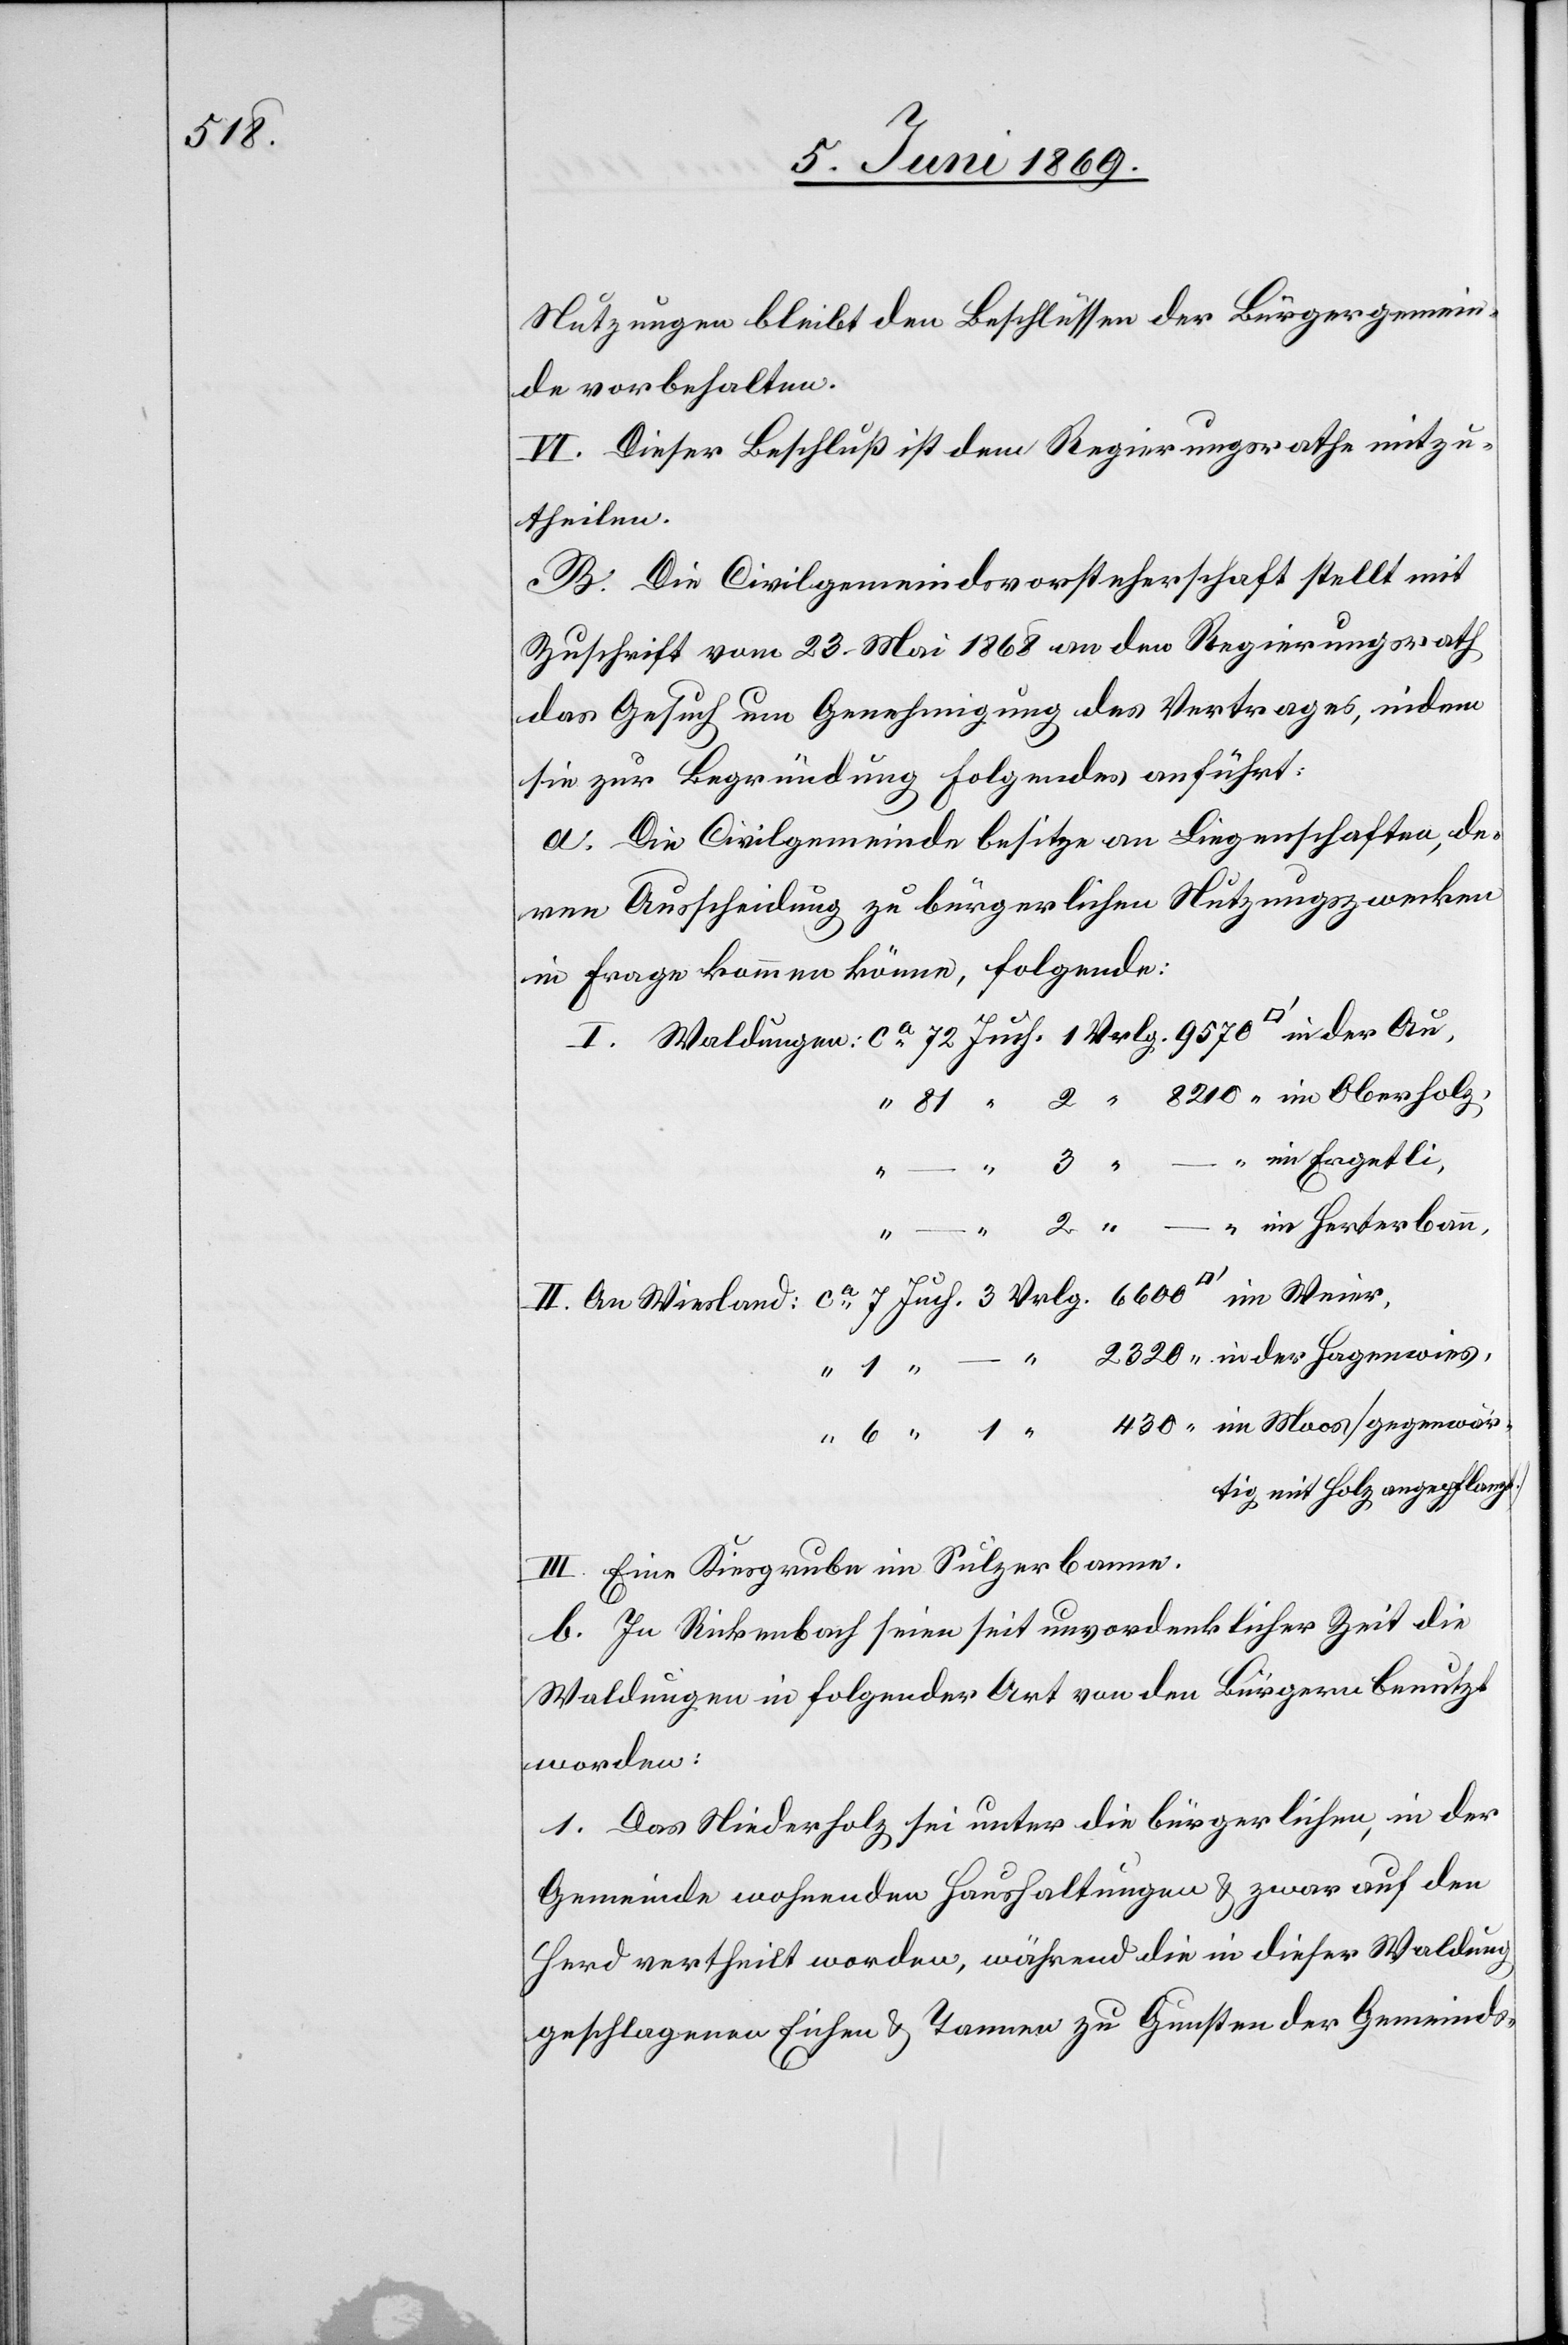
8210

430
Nutzungen bleibt den Beschlüssen der Bürgergemein¬
de vorbehalten.
VI. Dieser Beschluß ist dem Regierungsrathe mitzu¬
theilen.
B. Die Civilgemeindsvorsteherschaft stellt mit
Zuschrift vom 23. Mai 1868 an den Regierungsrath
das Gesuch um Genehmigung des Vertrages, indem
sie zur Begründung Folgendes anführt:
a. Die Civilgemeinde besitze an Liegenschaften, de¬
ren Ausscheidung zu bürgerlichen Nutzungszwecken
in Frage kommen könne, folgende:
–
“
III. Eine Kiesgrube im Sulzerbanne.
b. In Rickenbach seien seit unvordenklicher Zeit die
Waldungen in folgender Art von den Bürgern benutzt
worden:
1. Das Niederholz sei unter die bürgerlichen, in der
Gemeinde wohnenden Haushaltungen u. zwar auf den
Herd vertheilt worden, während die in dieser Waldung
geschlagenen Eichen u. Tannen zu Gunsten der Gemeinds-